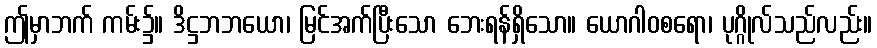
ဤမှာဘက် ကမ်း၌။ ဒိဋ္ဌဘဘယော၊ မြင်အက်ပြီးသော ဘေးရန်ရှိသော။ ယောဂါဝစရော၊ ပုဂ္ဂိုလ်သည်လည်း။